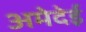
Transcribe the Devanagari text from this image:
अमेदेई